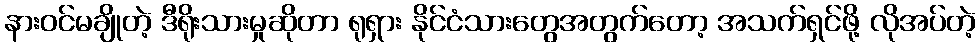
နားဝင်မချိုတဲ့ ဒီရိုးသားမှုဆိုတာ ရုရှား နိုင်ငံသားတွေအတွက်တော့ အသက်ရှင်ဖို့ လိုအပ်တဲ့